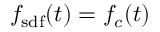
f _ { \mathrm { s d f } } ( t ) = f _ { c } ( t )